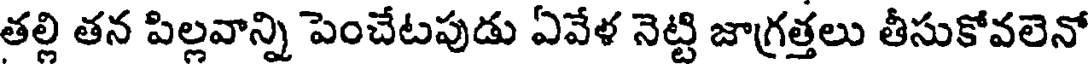
తల్లి తన పిల్లవాన్ని పెంచేటపుడు ఏవేళ నెట్టి జాగ్రత్తలు తీసుకోవలెనో